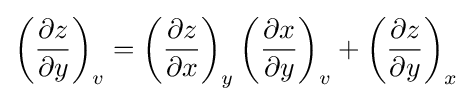
\left({\frac {\partial z}{\partial y}}\right)_{v}=\left({\frac {\partial z}{\partial x}}\right)_{y}\left({\frac {\partial x}{\partial y}}\right)_{v}+\left({\frac {\partial z}{\partial y}}\right)_{x}